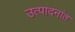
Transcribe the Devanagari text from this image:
उत्पादनांत